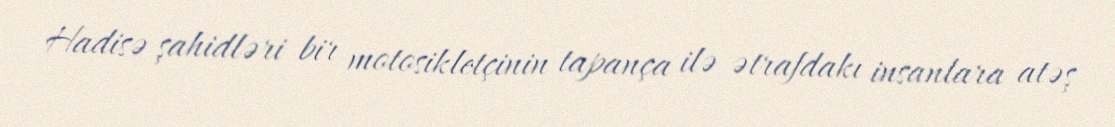
Hadisə şahidləri bir motosikletçinin tapança ilə ətrafdakı insanlara atəş